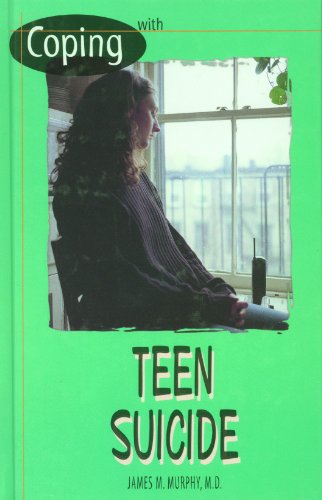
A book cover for Coping with Teen Suicide; James M. Murphy M.D.; Teen & Young Adult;